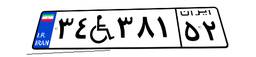
۳۴W۳۸۱۵۲